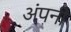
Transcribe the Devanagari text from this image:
अंपनी